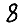
Digit: 8